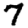
Digit: 7